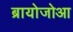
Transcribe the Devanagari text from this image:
ब्रायोजोआ